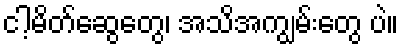
ငါ့မိတ်ဆွေတွေ၊ အသိအကျွမ်းတွေ ပဲ။